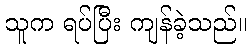
သူက ရပ်ပြီး ကျန်ခဲ့သည်။